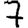
Digit: 7